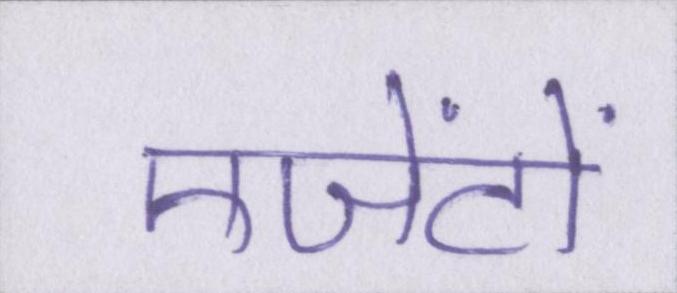
एजेंटों